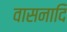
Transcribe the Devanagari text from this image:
वासनादि